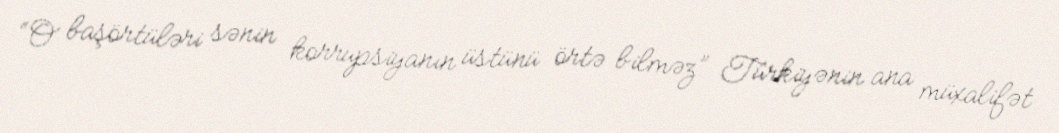
“O başörtüləri sənin korrupsiyanın üstünü örtə bilməz” Türkiyənin ana müxalifət